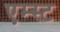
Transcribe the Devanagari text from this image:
एम्स्ट